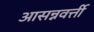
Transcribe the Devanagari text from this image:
आसन्नवर्त्ती